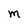
Character: M